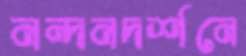
নন্দনদর্শনে